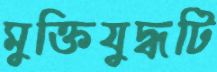
মুক্তিযুদ্ধটি